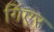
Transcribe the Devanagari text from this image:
गिएर